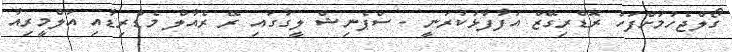
ގޯލްޖެހުމަށްފަހު ރޮޑްރިގޭޒް އުފާފާޅުކުރަނީ - ސްޕެނިޝް ލީގުގައި ރޭ ރެއާލް މެޑްރިޑާއި އަލްމީރިއާ